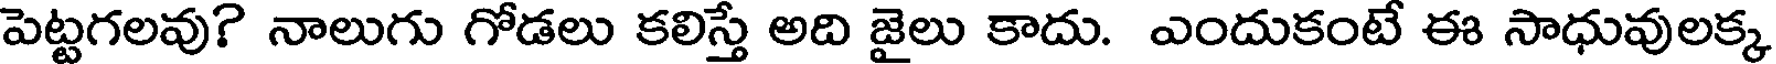
పెట్టగలవు? నాలుగు గోడలు కలిస్తే అది జైలు కాదు. ఎందుకంటే ఈ సాధువులక్క